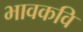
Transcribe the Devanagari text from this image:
भावकवि